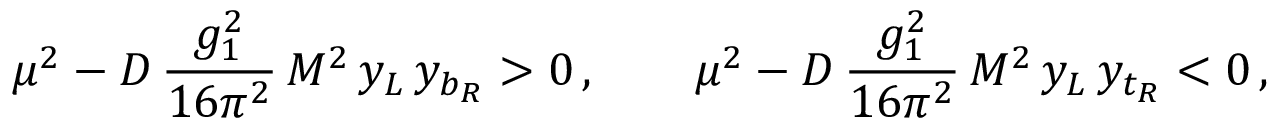
\mu ^ { 2 } - D \, { \frac { g _ { 1 } ^ { 2 } } { 1 6 \pi ^ { 2 } } } \, M ^ { 2 } \, y _ { L } \, y _ { b _ { R } } > 0 \, , \quad \quad \mu ^ { 2 } - D \, { \frac { g _ { 1 } ^ { 2 } } { 1 6 \pi ^ { 2 } } } \, M ^ { 2 } \, y _ { L } \, y _ { t _ { R } } < 0 \, ,